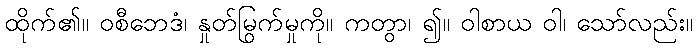
ထိုက်၏။ ဝစီဘေဒံ၊ နှုတ်မြွက်မှုကို။ ကတွာ၊ ၍။ ဝါစာယ ဝါ၊ သော်လည်း။